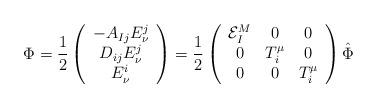
LaTeX: \begin{align*}{\Phi}=\frac{1}{2}\left(\begin{array}{c}-A_{Ij}E^{j}_{\nu}\\D_{ij}E^{j}_{\nu}\\E^{i}_{\nu}\\\end{array}\right)={\frac{1}{2}}\left(\begin{array}{ccc}{\cal E}_{I}^{M}&0&0\\0&T_{i}^{\mu}&0\\0&0&T_{i}^{\mu}\\\end{array}\right){\hat \Phi}\end{align*}